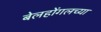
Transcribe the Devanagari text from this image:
बेलहोंगलच्या